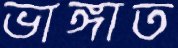
ভাঙ্গাত